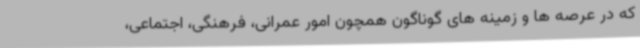
که در عرصه ها و زمینه های گوناگون همچون امور عمرانی، فرهنگی، اجتماعی،